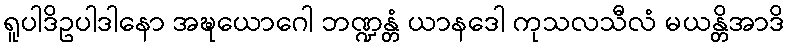
ရူပါဒိဥပါဒါနော အဍ္ဎယောဂေါ ဘဏ္ဍန္တံ ယာနဒေါ ကုသလသီလံ မယန္တိအာဒိ